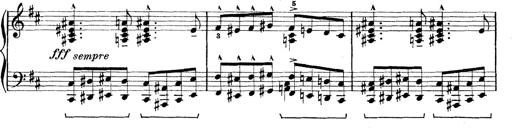
Title: Rapsodie: 19 ungheresi, 1 spagnuola
Composer: Franz Liszt